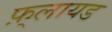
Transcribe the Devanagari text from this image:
फ़्लायड